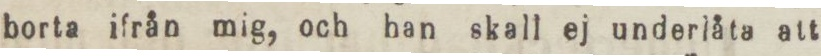
borta ifrån mig, och han skall ej underlåta att